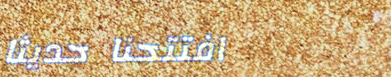
افتتحنا حديثاً